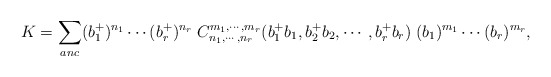
\begin{align*}K=\sum_{anc} (b_1^+)^{n_1}\cdots (b_r^+)^{n_r}\; C_{n_1,\cdots,n_r}^{m_1,\cdots,m_r}(b^+_1b_1,b_2^+b_2,\cdots,b_r^+b_r)\;(b_1)^{m_1}\cdots (b_r)^{m_r},\end{align*}